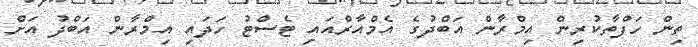
ތިން ހަފްތާކުރިން އިމްރާން އަބްދުގެ އެމްއާރްއައި ޓެސްޓު ހަދައި އިމްރާން އަބްދު އަށް